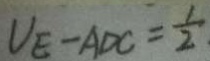
V _ { E } - A D C = \frac { 1 } { 2 }